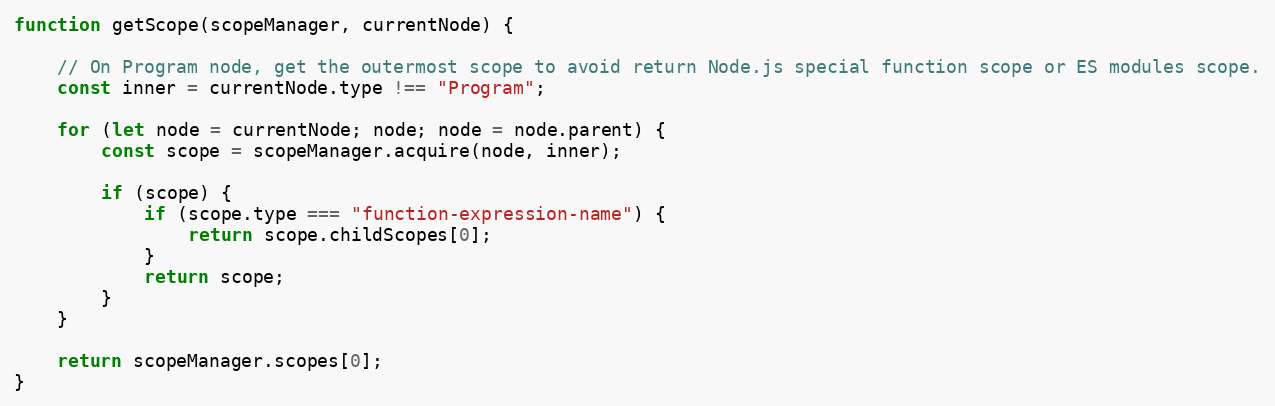
Language: JavaScript
function getScope(scopeManager, currentNode) {

    // On Program node, get the outermost scope to avoid return Node.js special function scope or ES modules scope.
    const inner = currentNode.type !== "Program";

    for (let node = currentNode; node; node = node.parent) {
        const scope = scopeManager.acquire(node, inner);

        if (scope) {
            if (scope.type === "function-expression-name") {
                return scope.childScopes[0];
            }
            return scope;
        }
    }

    return scopeManager.scopes[0];
}